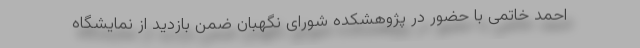
احمد خاتمی با حضور در پژوهشکده شورای نگهبان ضمن بازدید از نمایشگاه